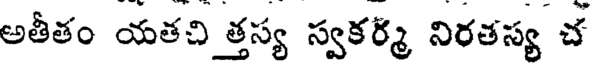
అతీతం యతచి త్తస్య స్వకర్మ నిరతస్య చ